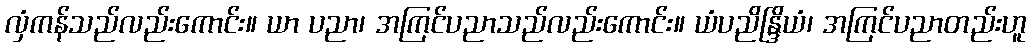
လှံကန်သည်လည်းကောင်း။ ယာ ပညာ၊ အကြင်ပညာသည်လည်းကောင်း။ ယံပညိန္ဒြိယံ၊ အကြင်ပညာတည်းဟူ